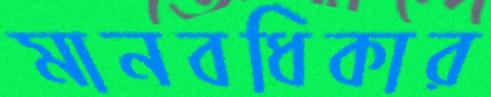
মানবধিকার